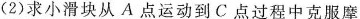
(2)求小滑块从A点运动到C点过程中克服摩